Medical and sanitary report of the native army of Bengal for the year
Year: 1877
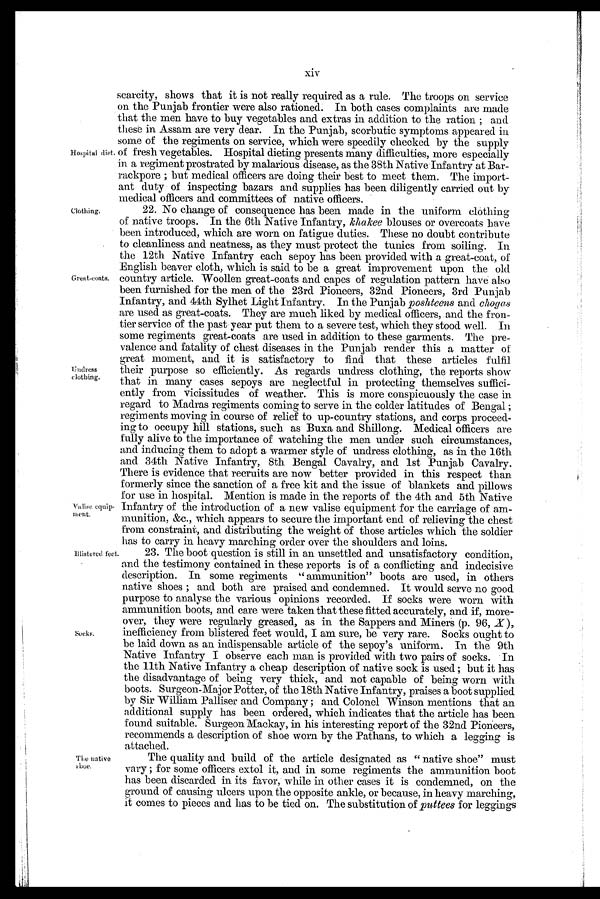
xiv
Hospital diet.
scarcity, shows that it is not really required as a rule. The troops on service
on the Punjab frontier were also rationed. In both cases complaints are made
that the men have to buy vegetables and extras in addition to the ration ; and
these in Assam are very dear. In the Punjab, scorbutic symptoms appeared in
some of the regiments on service, which were speedily checked by the supply
of fresh vegetables. Hospital dieting presents many difficulties, more especially
in a regiment prostrated by malarious disease, as the 38th Native Infantry at Bar-
rackpore ; but medical officers are doing their best to meet them. The import-
ant duty of inspecting bazars and supplies has been diligently carried out by
medical officers and committees of native officers.
Clothing.
Great-coats.
Undress
clothing.
Valise equip-
ment.
Blistered feet.
Socks.
The native
shoe.
22. No change of consequence has been made in the uniform clothing
of native troops. In the 6th Native Infantry, khakee blouses or overcoats have
been introduced, which are worn on fatigue duties. These no doubt contribute
to cleanliness and neatness, as they must protect the tunics from soiling. In
the 12th Native Infantry each sepoy has been provided with a great-coat, of
English beaver cloth, which is said to be a great improvement upon the old
country article. Woollen great-coats and capes of regulation pattern have also
been furnished for the men of the 23rd Pioneers, 32nd Pioneers, 3rd Punjab
Infantry, and 44th Sylhet Light Infantry. In the Punjab poshteens and c h o g a s
are used as great-coats. They are much liked by medical officers, and the fron-
tier service of the past year put them to a severe test, which they stood well. In
some regiments great-coats are used in addition to these garments. The pre-
valence and fatality of chest diseases in the Punjab render this a matter of
great moment, and it is satisfactory to find that these articles fulfil
their purpose so efficiently. As regards undress clothing, the reports show
that in many cases sepoys are neglectful in protecting themselves suffici-
ently from vicissitudes of weather. This is more conspicuously the case in
regard to Madras regiments coming to serve in the colder latitudes of Bengal ;
regiments moving in course of relief to up-country stations, and corps proceed-
ing to occupy hill stations, such as Buxa and Shillong. Medical officers are
fully alive to the importance of watching the men under such circumstances,
and inducing them to adopt a warmer style of undress clothing, as in the 16th
and 34th Native Infantry, 8th Bengal Cavalry, and 1st Punjab Cavalry.
There is evidence that recruits are now better provided in this respect than
formerly since the sanction of a free kit and the issue of blankets and pillows
for use in hospital. Mention is made in the reports of the 4th and 5th Native
Infantry of the introduction of a new valise equipment for the carriage of am-
munition, &c., which appears to secure the important end of relieving the chest
from constraint, and distributing the weight of those articles which the soldier
has to carry in heavy marching order over the shoulders and loins.
23. The boot question is still in an unsettled and unsatisfactory condition,
and the testimony contained in these reports is of a conflicting and indecisive
description. In some regiments " ammunition" boots are used, in others
native shoes ; and both are praised and condemned. It would serve no good
purpose to analyse the various opinions recorded. If socks were worn with
ammunition boots, and care were taken that these fitted accurately, and if, more-
over, they were regularly greased, as in the Sappers and Miners (p. 96, X),
inefficiency from blistered feet would, I am sure, be very rare. Socks ought to
be laid down as an indispensable article of the sepoy's uniform. In the 9th
Native Infantry I observe each man is provided with two pairs of socks. In
the 11th Native Infantry a cheap description of native sock is used ; but it has
the disadvantage of being very thick, and not capable of being worn with
boots. Surgeon-Major Potter, of the 18th Native Infantry, praises a boot supplied
by Sir William Palliser and Company ; and Colonel Winson mentions that an
additional supply has been ordered, which indicates that the article has been
found suitable. Surgeon Mackay, in his interesting report of the 32nd Pioneers,
recommends a description of shoe worn by the Pathans, to which a legging is
attached.
The quality and build of the article designated as " native shoe" must
vary ; for some officers extol it, and in some regiments the ammunition boot
has been discarded in its favor, while in other cases it is condemned, on the
ground of causing ulcers upon the opposite ankle, or because, in heavy marching,
it comes to pieces and has to be tied on. The substitution of puttees for leggings